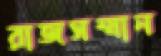
রাজসম্মান